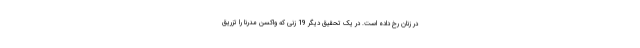
در زنان رخ داده است. در یک تحقیق دیگر 19 زنی که واکسن مدرنا را تزریق